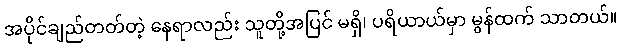
အပိုင်ချည်တတ်တဲ့ နေရာလည်း သူတို့အပြင် မရှိ၊ ပရိယာယ်မှာ မွန်ထက် သာတယ်။